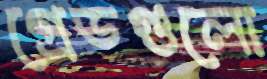
গ্রেডগুলো